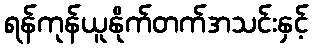
ရန်ကုန်ယူနိုက်တက်အသင်းနှင့်